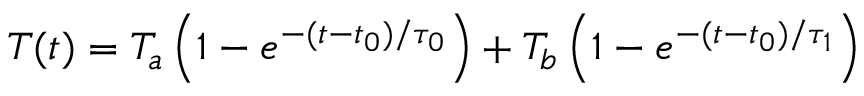
T ( t ) = T _ { a } \left( 1 - e ^ { - ( t - t _ { 0 } ) / \tau _ { 0 } } \right) + T _ { b } \left( 1 - e ^ { - ( t - t _ { 0 } ) / \tau _ { 1 } } \right)